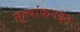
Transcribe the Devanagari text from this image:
मूल्यांकनइन